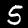
Label: 5